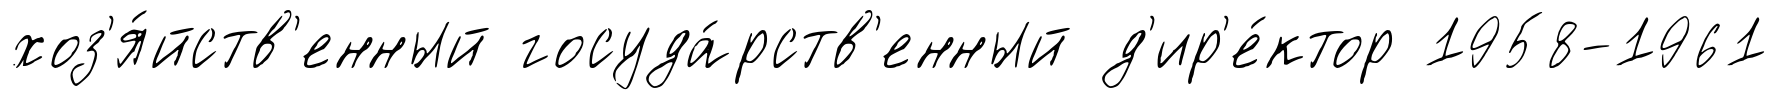
хоз'я́йств'енный госуда́рств'енный д'ир'е́ктор 1958-1961